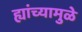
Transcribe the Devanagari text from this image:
ह्यांच्यामुळे